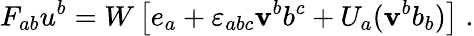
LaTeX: F_{ab}u^{b}=W\left[e_{a}+{\varepsilon}_{abc}\mathbf{v}^{b}b^{c}+U_{a}(\mathbf{v}^{b}b_{b})\right]\; .